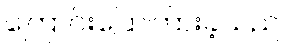
ကြောင်းပြောကြားခဲ့သည်